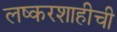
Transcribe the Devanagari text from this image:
लष्करशाहीची